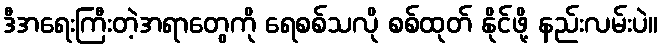
ဒီအရေးကြီးတဲ့အရာတွေကို ရေစစ်သလို စစ်ထုတ် နိုင်ဖို့ နည်းလမ်းပဲ။